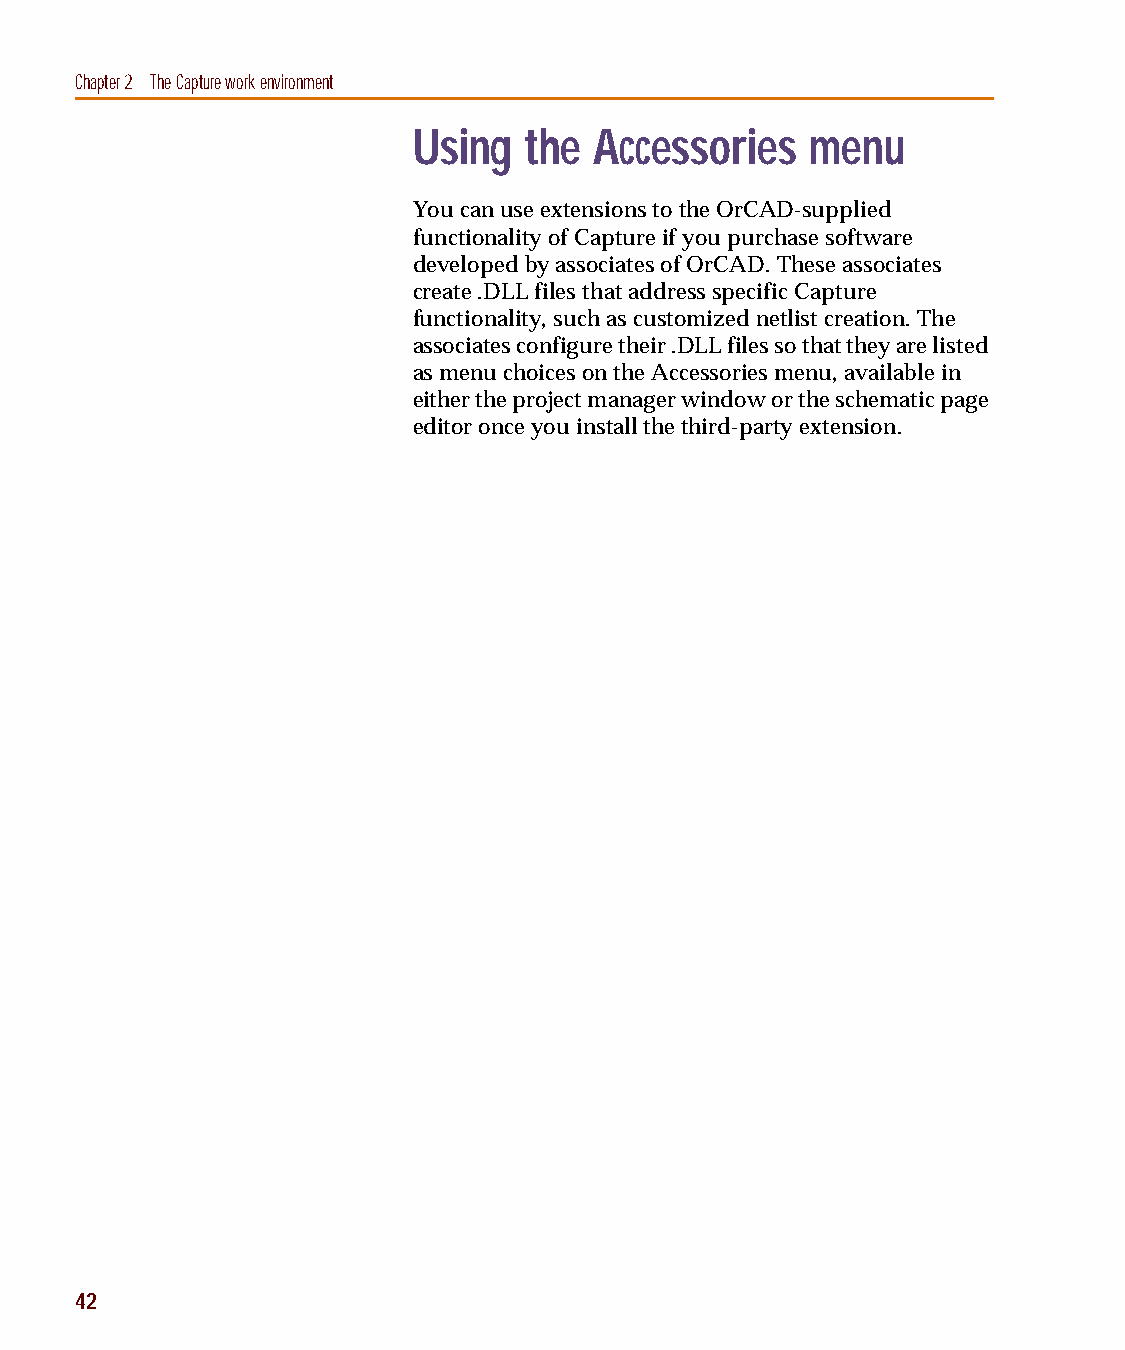
capug.book Page 42 Thursday, November 12, 1998 3:38 PM
 Chapter 2 The Capture work environment
 Using   the Accessories    menu
 You can use extensions to the OrCAD-supplied
 functionality of Capture if you purchase software
 developed by associates of OrCAD. These associates
 create .DLL files that address specific Capture
 functionality, such as customized netlist creation. The
 associates configure their .DLL files so that they are listed
 as menu choices on the Accessories menu, available in
 either the project manager window or the schematic page
 editor once you install the third-party extension.
 42